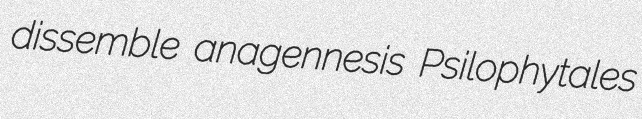
dissemble anagennesis Psilophytales